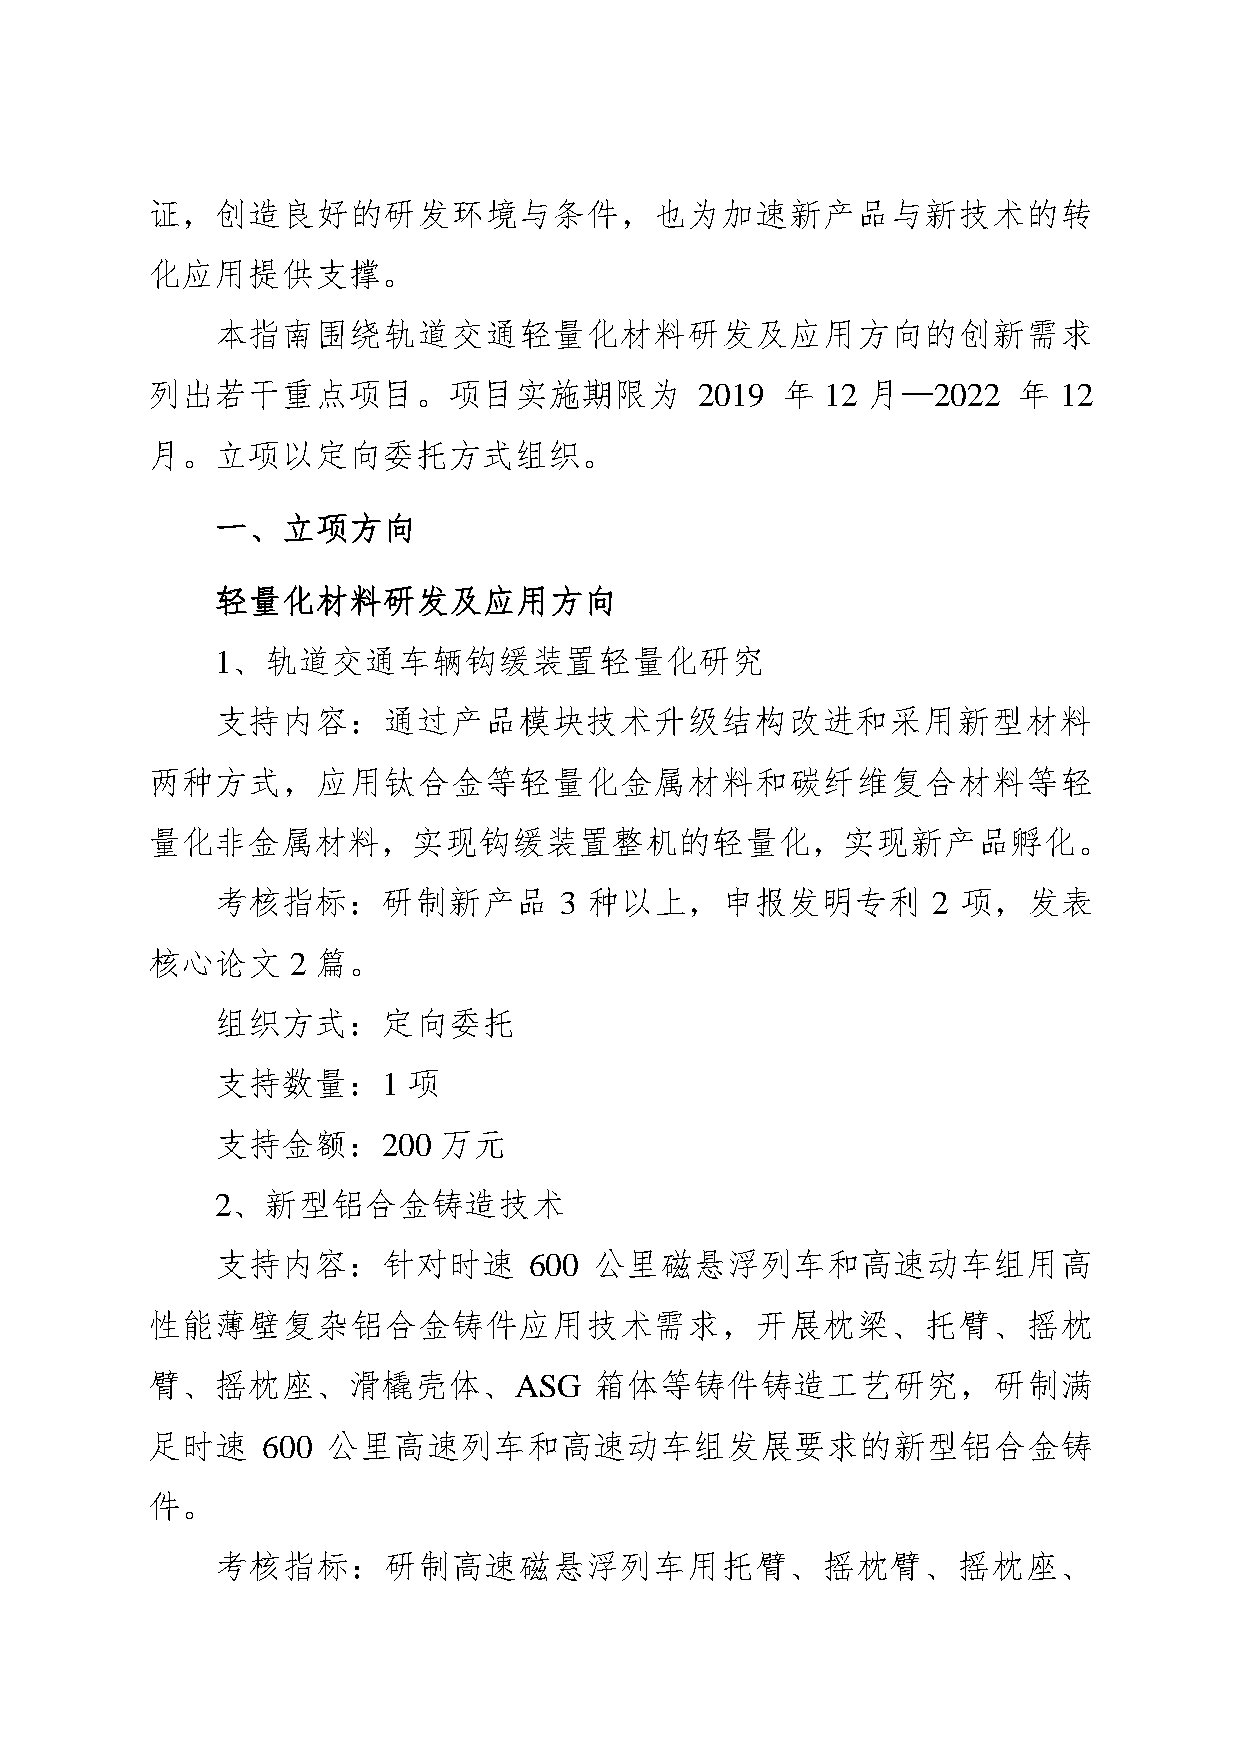
证，创造良好的研发环境与条件，也为加速新产品与新技术的转
 化应用提供支撑。
 本指南围绕轨道交通轻量化材料研发及应用方向的创新需求
 列出若干重点项目。项目实施期限为                    2019  年  12 月—2022   年  12
 月。立项以定向委托方式组织。
 一、立项方向
 轻量化材料研发及应用方向
 1、轨道交通车辆钩缓装置轻量化研究
 支持内容：通过产品模块技术升级结构改进和采用新型材料
 两种方式，应用钛合金等轻量化金属材料和碳纤维复合材料等轻
 量化非金属材料，实现钩缓装置整机的轻量化，实现新产品孵化。
 考核指标：研制新产品             3 种以上，申报发明专利             2 项，发表
 核心论文     2 篇。
 组织方式：定向委托
 支持数量：1       项
 支持金额：200       万元
 2、新型铝合金铸造技术
 支持内容：针对时速            600 公里磁悬浮列车和高速动车组用高
 性能薄壁复杂铝合金铸件应用技术需求，开展枕梁、托臂、摇枕
 臂、摇枕座、滑橇壳体、ASG               箱体等铸件铸造工艺研究，研制满
 足时速    600  公里高速列车和高速动车组发展要求的新型铝合金铸
 件。
 考核指标：研制高速磁悬浮列车用托臂、摇枕臂、摇枕座、